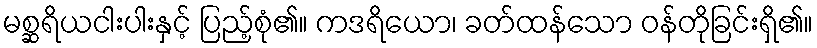
မစ္ဆရိယငါးပါးနှင့် ပြည့်စုံ၏။ ကဒရိယော၊ ခတ်ထန်သော ဝန်တိုခြင်းရှိ၏။